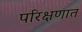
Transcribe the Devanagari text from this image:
परिक्षणात